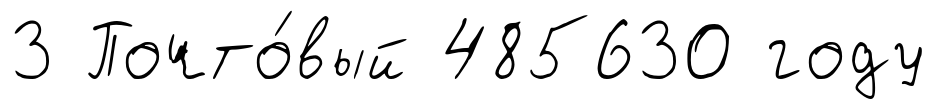
3 Почто́вый 485630 году